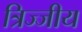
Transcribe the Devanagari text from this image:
त्रिज्जीय